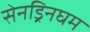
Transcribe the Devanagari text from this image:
सेनड्रिनघम